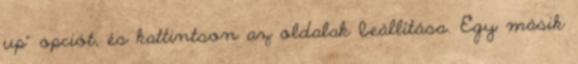
up" opciót, és kattintson az oldalak beállítása. Egy másik